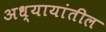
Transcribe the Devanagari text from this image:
अध्यायांतील